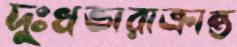
দুঃখভারাক্রান্ত